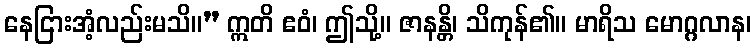
နေငြားအံ့လည်းမသိ။” ဣတိ ဧဝံ၊ ဤသို့။ ဇာနန္တိ၊ သိကုန်၏။ မာရိသ မောဂ္ဂလာန၊